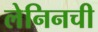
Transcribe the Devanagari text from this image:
लेनिनची